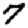
Digit: 7